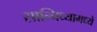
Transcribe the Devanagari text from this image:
सान्निध्यामध्ये